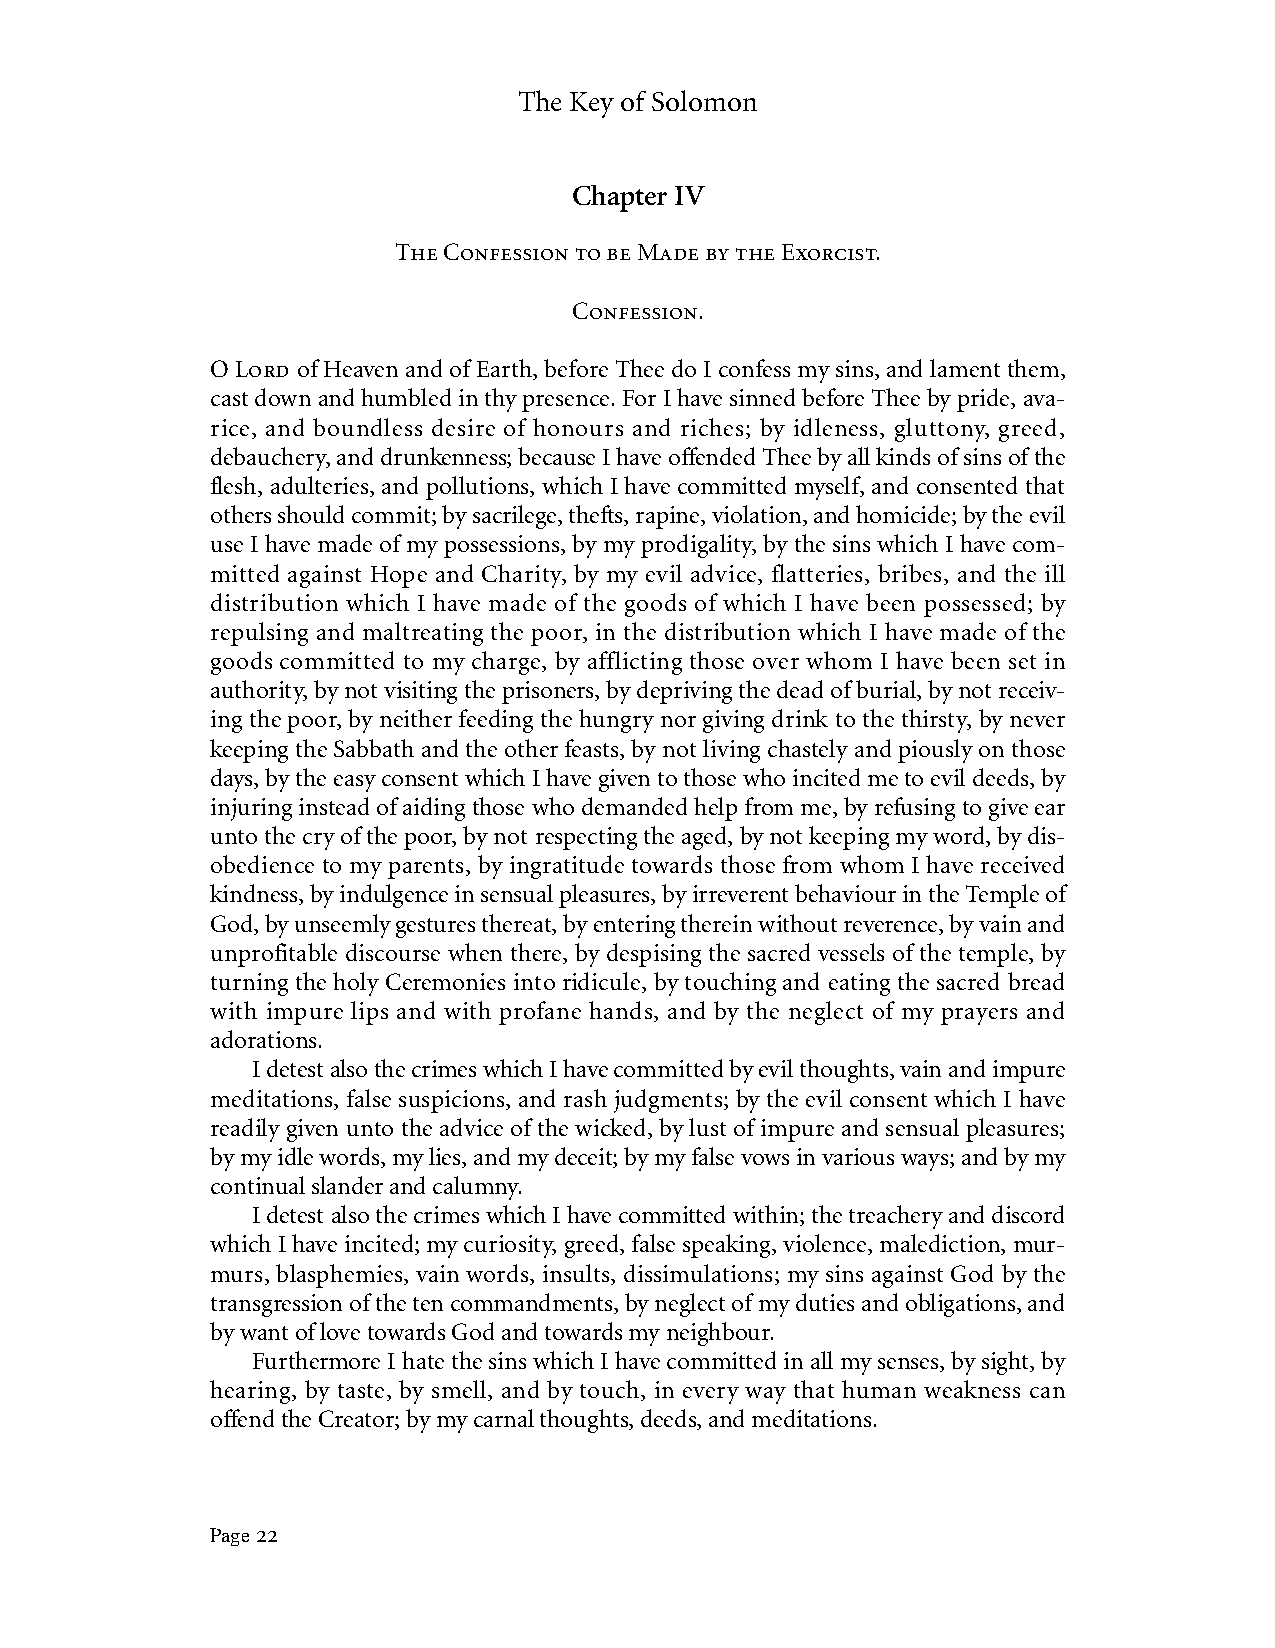
The Key of Solomon
 Chapter IV
 The Confession to be Made by the Exorcist.
 Confession.
 O Lord of Heaven and of Earth, before Thee do I confess my sins, and lament them,
 cast down and humbled in thy presence. For I have sinned before Thee by pride, ava-
 rice, and boundless desire of honours and riches; by idleness, gluttony, greed,
 debauchery, and drunkenness; because I have offended Thee by all kinds of sins of the
 flesh, adulteries, and pollutions, which I have committed myself, and consented that
 others should commit; by sacrilege, thefts, rapine, violation, and homicide; by the evil
 use I have made of my possessions, by my prodigality, by the sins which I have com-
 mitted against Hope and Charity, by my evil advice, flatteries, bribes, and the ill
 distribution which I have made of the goods of which I have been possessed; by
 repulsing and maltreating the poor, in the distribution which I have made of the
 goods committed to my charge, by afflicting those over whom I have been set in
 authority, by not visiting the prisoners, by depriving the dead of burial, by not receiv-
 ing the poor, by neither feeding the hungry nor giving drink to the thirsty, by never
 keeping the Sabbath and the other feasts, by not living chastely and piously on those
 days, by the easy consent which I have given to those who incited me to evil deeds, by
 injuring instead of aiding those who demanded help from me, by refusing to give ear
 unto the cry of the poor, by not respecting the aged, by not keeping my word, by dis-
 obedience to my parents, by ingratitude towards those from whom I have received
 kindness, by indulgence in sensual pleasures, by irreverent behaviour in the Temple of
 God, by unseemly gestures thereat, by entering therein without reverence, by vain and
 unprofitable discourse when there, by despising the sacred vessels of the temple, by
 turning the holy Ceremonies into ridicule, by touching and eating the sacred bread
 with impure lips and with profane hands, and by the neglect of my prayers and
 adorations.
 I detest also the crimes which I have committed by evil thoughts, vain and impure
 meditations, false suspicions, and rash judgments; by the evil consent which I have
 readily given unto the advice of the wicked, by lust of impure and sensual pleasures;
 by my idle words, my lies, and my deceit; by my false vows in various ways; and by my
 continual slander and calumny.
 I detest also the crimes which I have committed within; the treachery and discord
 which I have incited; my curiosity, greed, false speaking, violence, malediction, mur-
 murs, blasphemies, vain words, insults, dissimulations; my sins against God by the
 transgression of the ten commandments, by neglect of my duties and obligations, and
 by want of love towards God and towards my neighbour.
 Furthermore I hate the sins which I have committed in all my senses, by sight, by
 hearing, by taste, by smell, and by touch, in every way that human weakness can
 offend the Creator; by my carnal thoughts, deeds, and meditations.
 Page 22